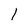
Character: l